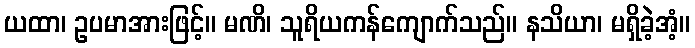
ယထာ၊ ဥပမာအားဖြင့်။ မဏိ၊ သူရိယကန်ကျောက်သည်။ နသိယာ၊ မရှိခဲ့အံ့။